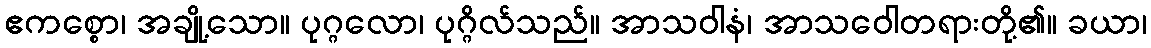
ဧကစ္စော၊ အချို့သော။ ပုဂ္ဂလော၊ ပုဂ္ဂိလ်သည်။ အာသဝါနံ၊ အာသဝေါတရားတို့၏။ ခယာ၊